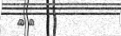
١٢